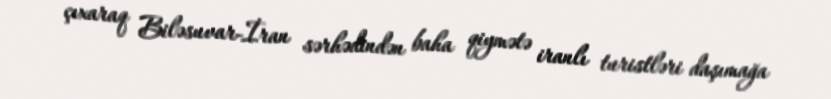
çıxaraq Biləsuvar-İran sərhədindən baha qiymətə iranlı turistləri daşımağa